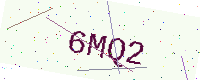
Text: 6MQ2